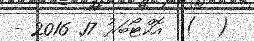
(  )  އޮކްޓޯބަރު 17